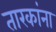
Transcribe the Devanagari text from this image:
तारकांना